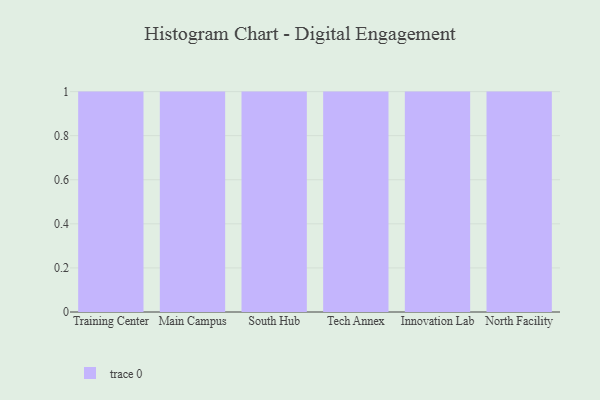
{"axis": {"x": "Campus", "y": "Backlog"}, "legend": [""], "data": [{"x": "Training Center", "y": 25, "type": ""}, {"x": "Main Campus", "y": 95, "type": ""}, {"x": "South Hub", "y": 71, "type": ""}, {"x": "Tech Annex", "y": 76, "type": ""}, {"x": "Innovation Lab", "y": 36, "type": ""}, {"x": "North Facility", "y": 19, "type": ""}]}